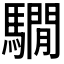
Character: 𩦂